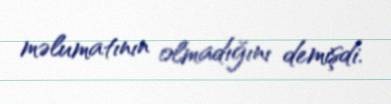
məlumatının olmadığını demişdi.